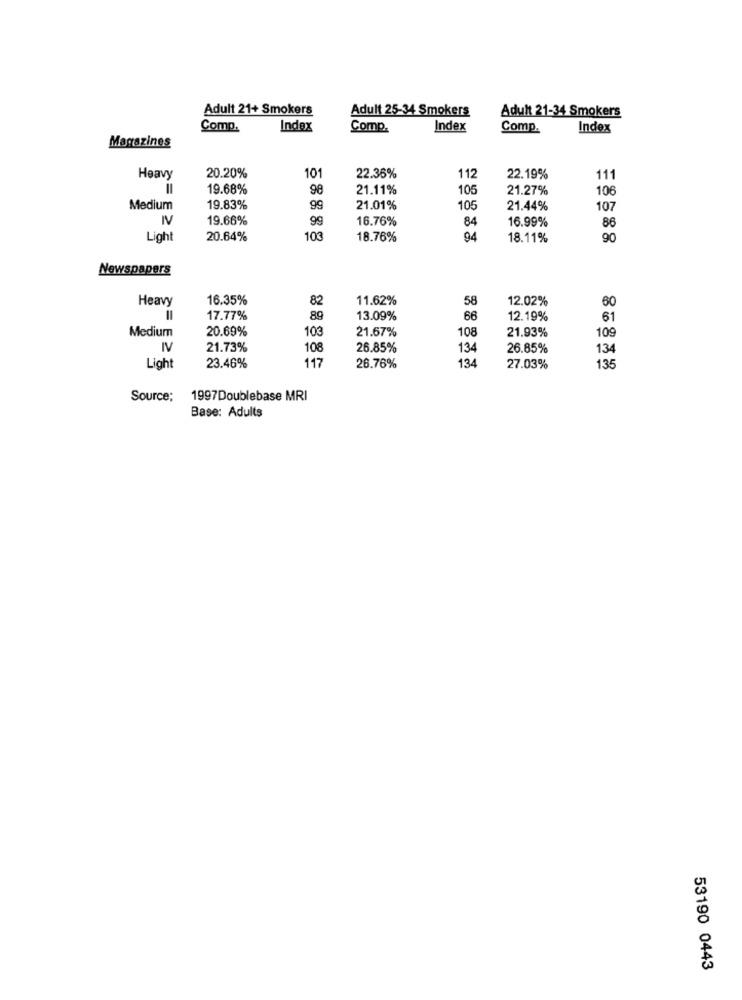
Adult 21+ Smokers
Adult 25-34 Smokers
Adult 21-34 Smokers
Comp.
Index
Comp.
Index
Comp.
Index
Magazines
101
Heavy
20.20%
22.36%
112
22.19%
111
19.68%
98
21.11%
105
21.27%
106
Medium
19.83%
99
21.01%
105
21.44%
107
2
19.66%
99
16.76%
84
16.99%
86
Light
20.64%
103
18.76%
94
18.11%
90
Newspapers
Heavy
16.35%
82
11.62%
58
12.02%
60
17.77%
89
13.09%
66
12.19%
61
20.69%
103
21.67%
108
21.93%
Medium
109
IV
21.73%
108
26.85%
134
26.85%
134
134
Light
23.46%
117
26.76%
27.03%
135
Source;
1997Doublebase MRI
Base: Adults
53190 0443